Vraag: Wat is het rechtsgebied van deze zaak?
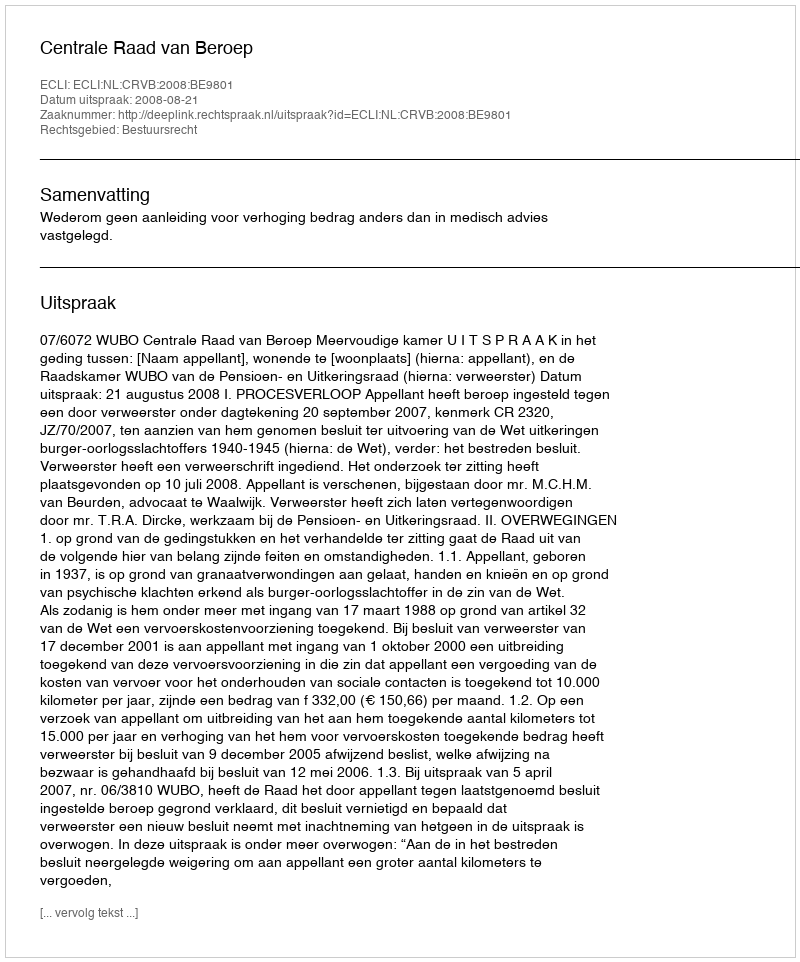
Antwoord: Bestuursrecht